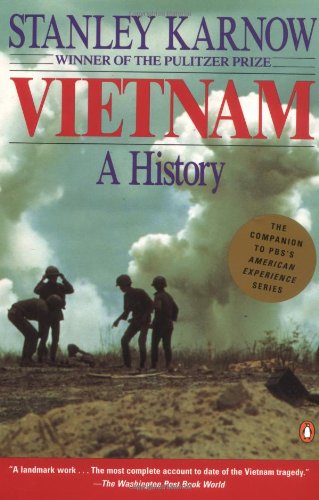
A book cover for Vietnam: A History; Stanley Karnow; History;